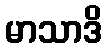
မာသာဒိ